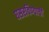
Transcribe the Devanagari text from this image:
घसरविण्याची